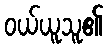
ဝယ်ယူသူ၏